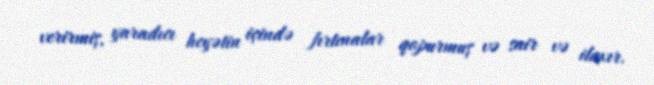
verirmiş, yaradıcı heyətin içində fırtınalar qopurmuş və sair və ilaxır.